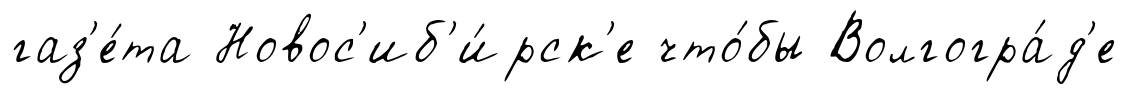
газ'е́та Новос'иб'и́рск'е что́бы Волгогра́д'е